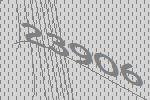
23906